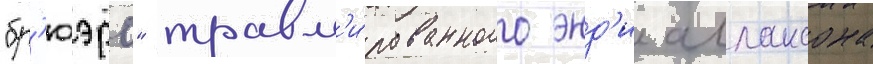
"бр'юэрс" травм'и́рованного энд'и аллансона